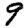
Digit: 9